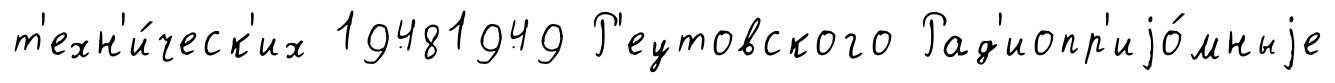
т'ехн'и́ческ'их 19481949 Р'еутовского Рад'иопр'иjо́мныjе